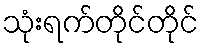
သုံးရက်တိုင်တိုင်